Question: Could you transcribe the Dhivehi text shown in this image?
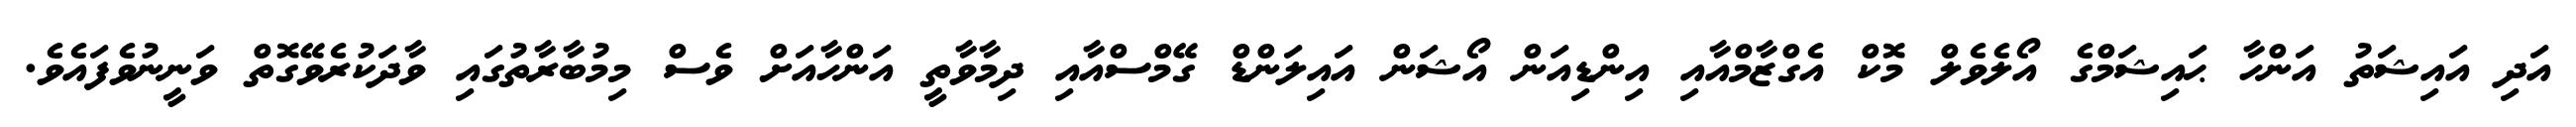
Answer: އަދި އައިޝަތު އަންހާ ޙައިޝަމްގެ އޯލެވެލް މޮކް އެގްޒާމްއާއި އިންޑިއަން އޯޝަން އައިލަންޑް ގޭމްސްއާއި ދިމާވާތީ އަންހާއަށް ވެސް މިމުބާރާތުގައި ވާދަކުރެވޭގޮތް ވަނީނުވެފައެވެ.